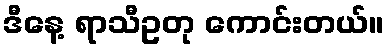
ဒီနေ့ ရာသီဥတု ကောင်းတယ်။